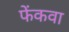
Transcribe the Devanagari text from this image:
फेंकवा